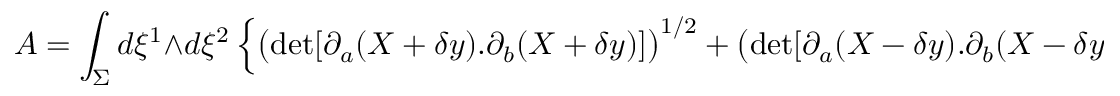
A = \int _ { \Sigma } d \xi ^ { 1 } \wedge d \xi ^ { 2 } \left\{ \big ( \mathrm { d e t } [ \partial _ { a } ( X + \delta y ) . \partial _ { b } ( X + \delta y ) ] \big ) ^ { 1 / 2 } + \big ( \mathrm { d e t } [ \partial _ { a } ( X - \delta y ) . \partial _ { b } ( X - \delta y ) ] \big ) ^ { 1 / 2 } \right\}